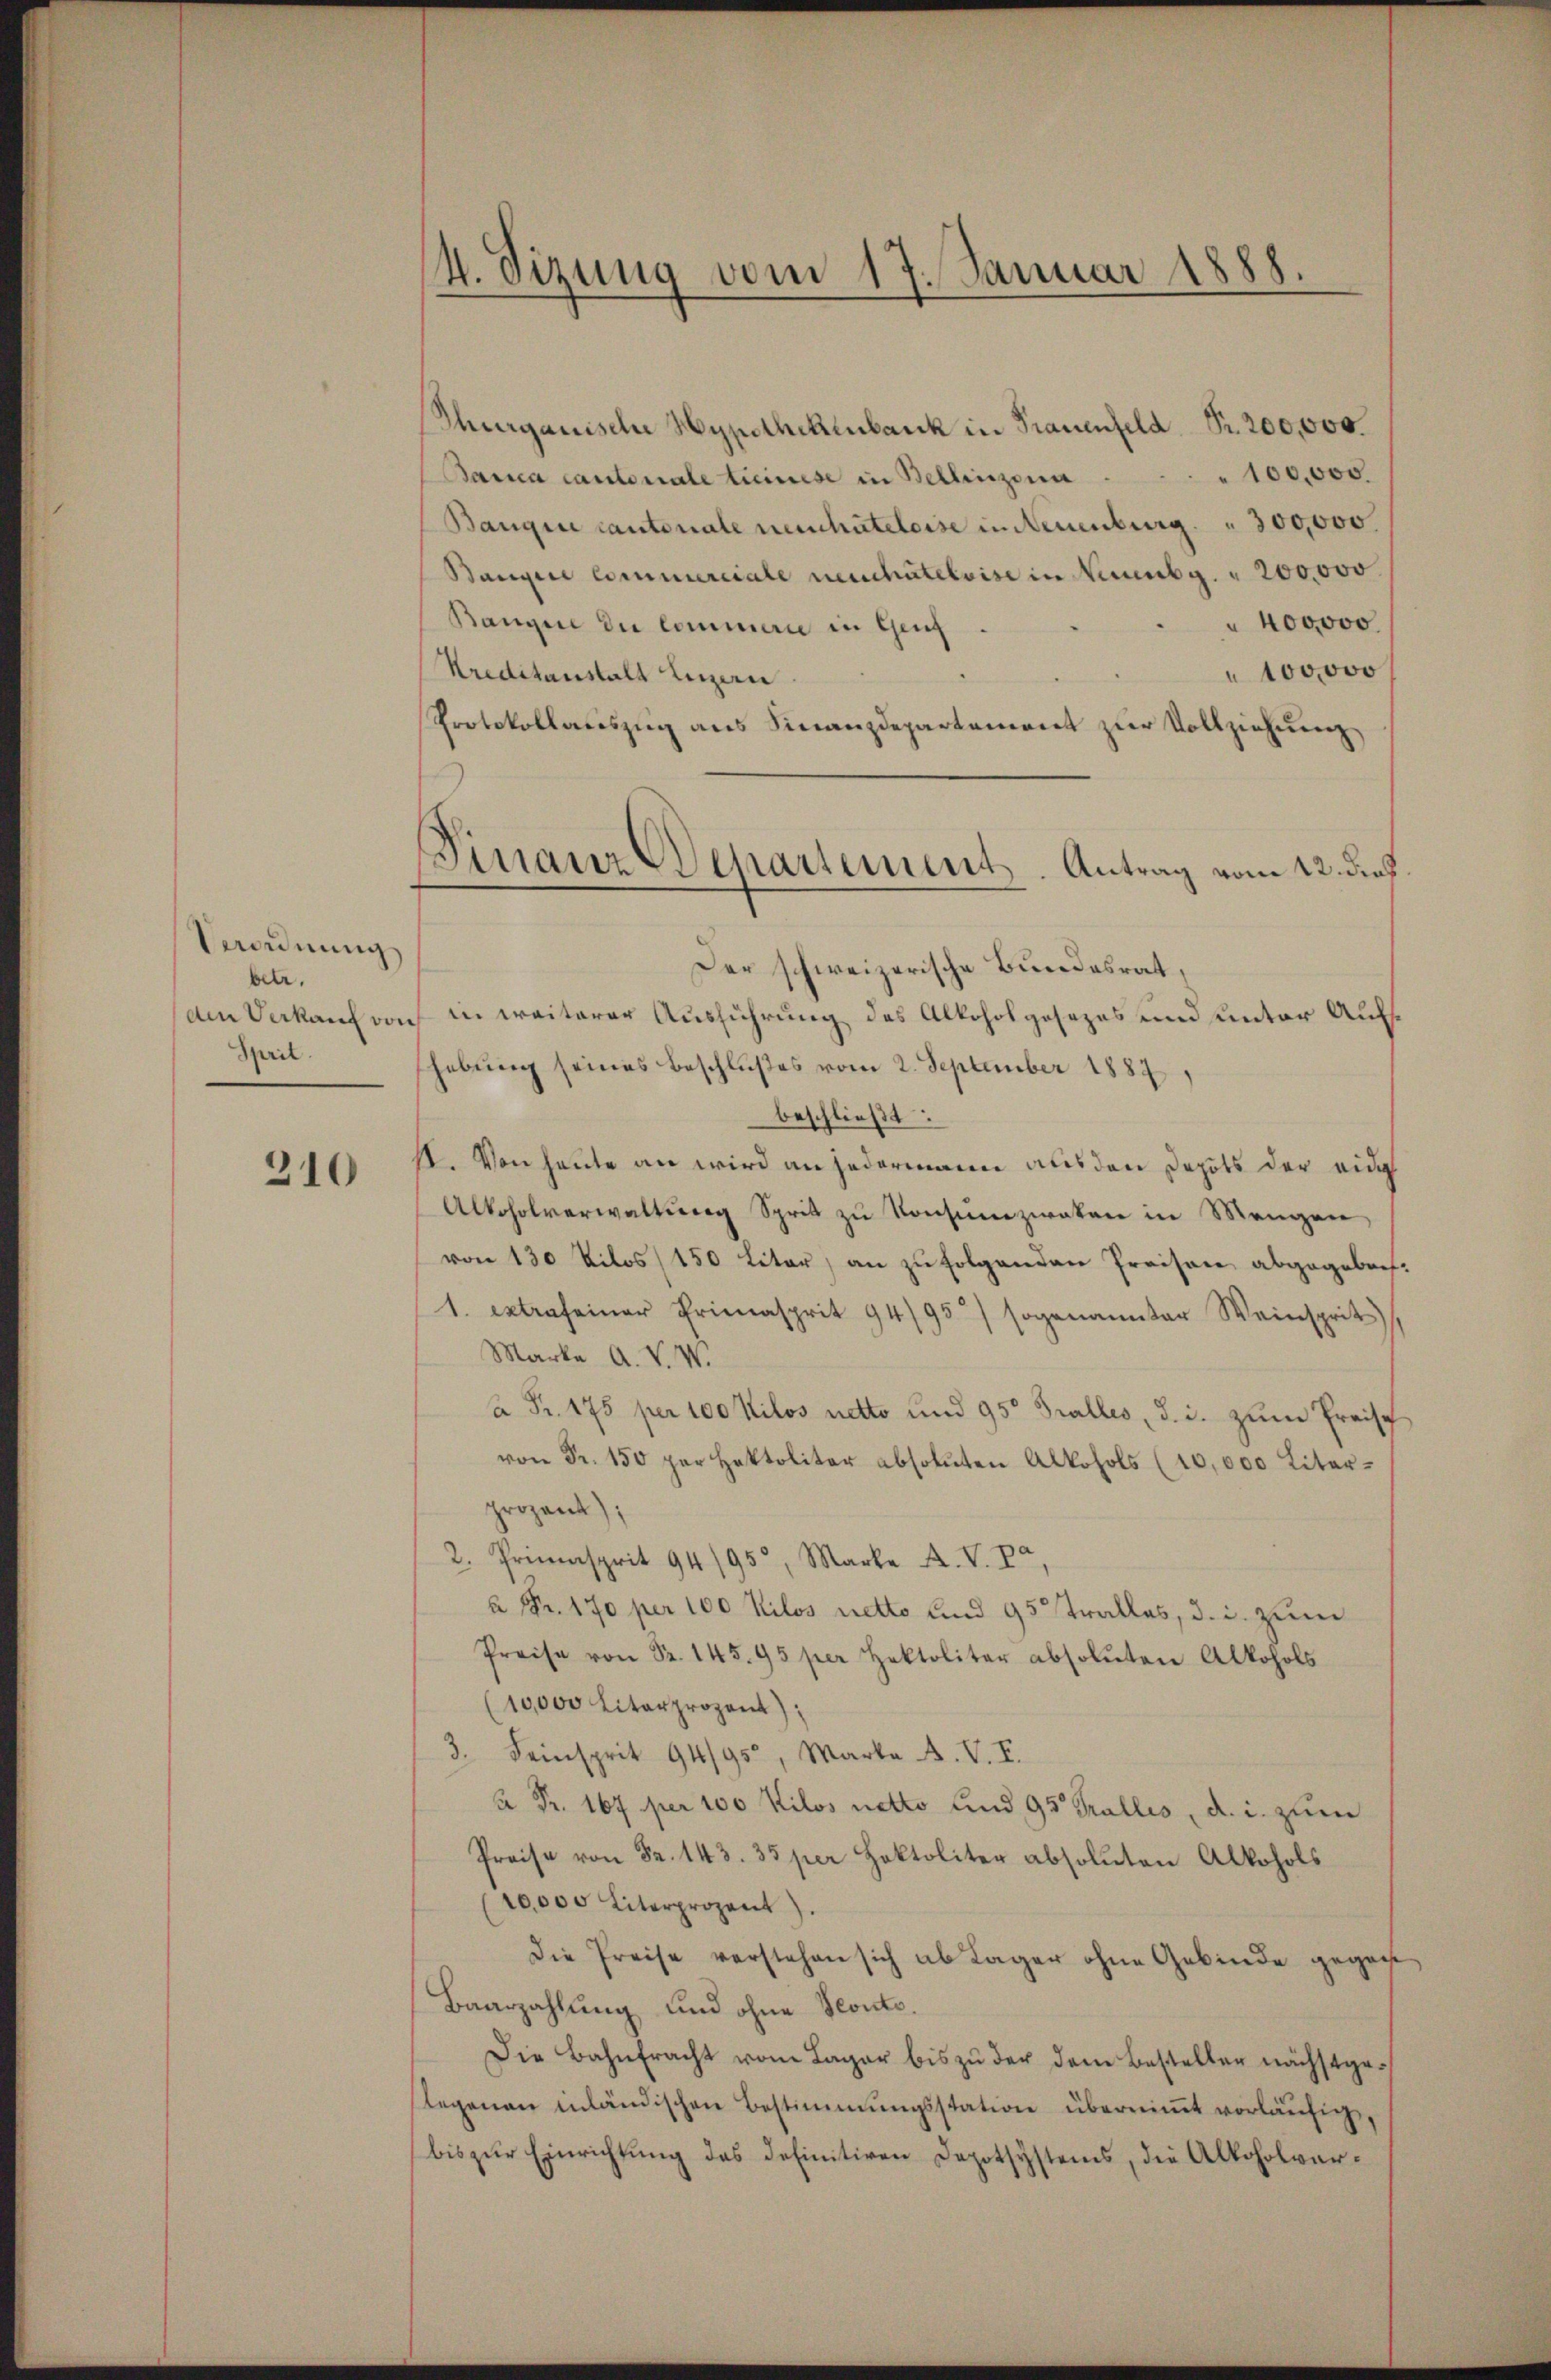
Verordnung
betr.
An Verkauf von
Spril.

310

(4. Sizung vom 17. Januar 1888

Thurgauische Hypothekenbank in Trauenfeld. Pr. 200,000.
" 100,000.
Banica cantonale Ticinese in Bellinzona
Banque cantonale neuchateloise in Neuenburg. " 300,000.
Bangire commerciale neuchatelvise in Neunbg. " 200,000
" 400000.
Bangin die Commerie in Genf
" 100000
Kreditanstalt Luzern
Protokollauszug aus Finanzdepartement zur Vollziehung
Der schweizerische Bundesrat,
in weiterer Ausführung des Alkoholgesezes und unter Aufhebung seines Beschlußes vom 2. September 1887,
beschließt:
II. Von heute an wird an jedermann aus den Depots der eid
Alkoholverwaltŭng Sprit zŭ Konsumzwaken in Mangen,
von 130 Kilos 150 Liter an zu folgenden Preisen abgegebenf
1. extraseiner Primasprit 94/95) sogenannter Weinsprit
Marke A. V. W.
 Fr. 175 per 100 Kilos netto und 95 Falles, d. i. zum Preisch
von Fr. 150 per Hektolitar absoluten Alkohols (10,000 Liter-
prozent);
2. Primasprit 94/95, Marke A. V. Pa
a Fr. 170 per 100 Kilos netto und 95 tratlos, d. d. zum
Preise von Fr. 145. 95 per Hektolitar absoluten Alkohols
(10,000 Literprozent)
3. Seinsprit 94/95, Marke A. V. I.
 Fr. 167 per 100 Kilos netto und 95 Wallis, d. i. zum
Preise von Fr. 143. 35 per Hoktoliter absoluten Alkohols
20,000 Literprozent).
die Preise verstehen sich ab Lager ohne Gebinde gegene
Baarzahlung und ohne Sconte.
Die Bahnfracht vom Lager bis zu der dem Besteller nächstgeslegenen inländischen Bestimmungsstation überniṁt vorläufig,
bis zŭr Einrichtŭng des definitiven Depotsystems, die Alkoholver¬

Finanz Departements-Antrag vom 12. dies